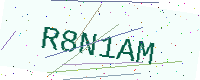
Text: R8N1AM